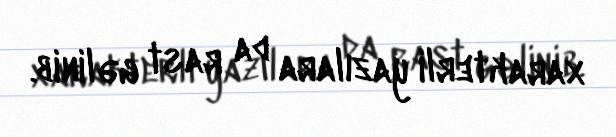
xarakterli yazılara da rast gəlinib.